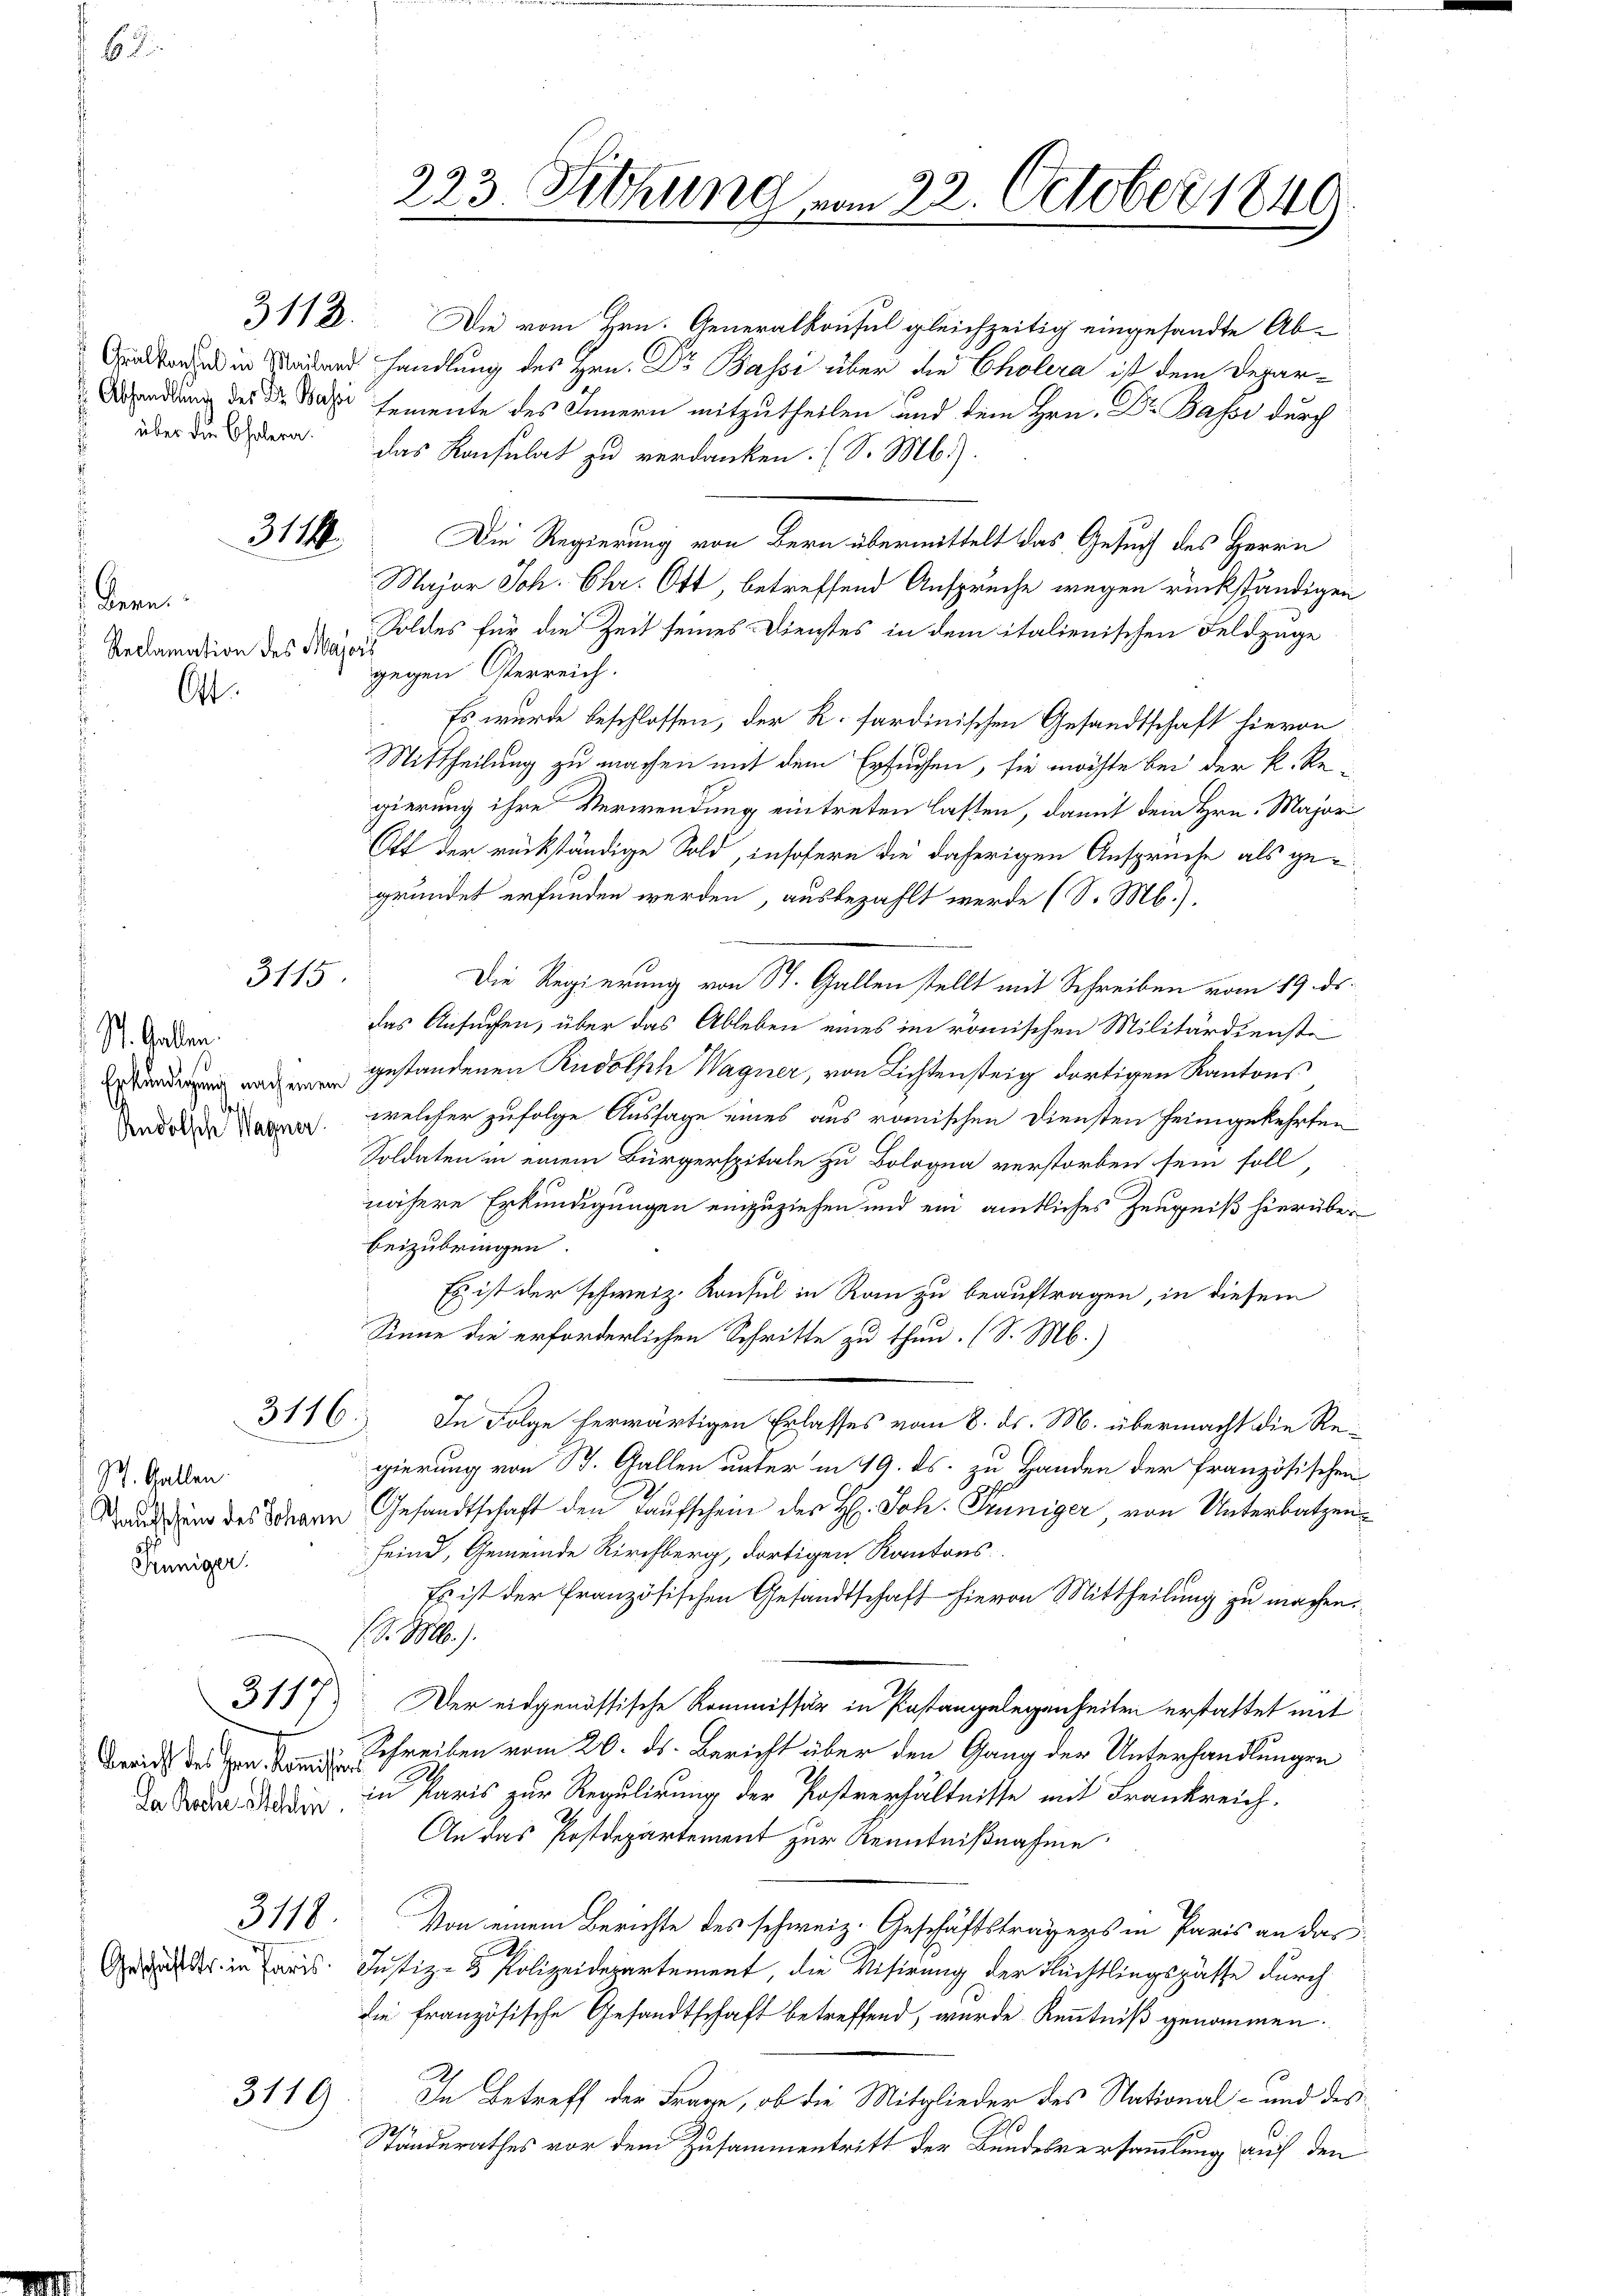
62.

i

Seren.
" Reclamation des Major
Ot.

3112.

311.

3115.

St. Gaben.
s
Andolf Wagner.

St. Gallen.
Penniger

3117

Bericht des Hrn. Komisir 18

Geschäftstr. in Paris

3118

3119

223. Sitzung vom 22. October 1849

Die vom Hrn. Generalkonsul gleichzeitig eingesandte Abratore in Baden handlung des Hrn. Dr Bassi über die Cholera ist dem Depar¬
Absendung des Dr. Wasse semente des Innern mitzutheilen und dem Hrn. Dr. Basse durch
über die Bern. Das Konsulat zu verdanken. (S. M.).
Die Regierung von Bern übermittelt das Gesuch des Herrn
Major Joh. Chr. Ott, betreffend Ansprüche wegen rückständigen
Soldes für die Zeit seines Dienstes in dem italienischen Feldzage
gegen Osterreich.
Es wurde beschlossen, der K. sardinischen Gesandtschaft hievon
Mittheilung zu machen mit dem Ersuchen, sie möchte bei der k. Re-
gierung ihre Verwendung eintreten lasten, damit dem Hrn. Majori
Ott der rückständige Sold, insofern die daherigen Ansprüche als gegründet erfunden werden, ausbezahlt werde (S. Mb.).
Die Regierung von St. Gallen stellt mit Schreiben vom 19. ds.
das Ansuchen, über das Ableben eines im römischen Militärdienste
 gestandenen Rudolsch Wagner, von Lichtensteig dortigen Kantons
welcher zufolge Aussage eines aus römischen Diensten heimgekehrten
Soldaten in einem Bürgerspitale zu Bologna verstorben sein soll
nähere Erkundigungen einzuziehen und ein amtliches Zeugniß hierüber
beizubringen.
Es ist der schweiz. Konsul in Rain zu beauftragen, in diesem
Sinne die erforderlichen Schritte zu thun. (S. M.)
3116. In Folge herwärtigen Erlasses vom 8. ds. M. übermacht die Regierung von B. Gallen unter in 19. ds. zu Handen der französischen
Bauung des Schann Gesandtschaft den Kaufschein der H. Joh. Prüniger, von Unterbatzen
seine, Gemeinde Kirchberg, dortigen Kantons
Es ist der französischen Gesandtschaft hievon Mittheilung zu machen.
S. M.).
Der eidgenössische Kommissär in Pastangelegenheiten erstattet mit
Schreiben vom 20. ds. Bericht über den Gang der Unterhandlungen
da oder den in Paris zur Regulirung der Postverhältnisse mit Frankreich¬
An das Postdepartement zur Kenntnißnahme
Von einem Berichte des schweiz. Geschäftstragens in Paris an dar
Justiz- & Polizeidepartement, die Visirung der Flüchtlingspasse durch
die französische Gesandtschaft betreffend, wurde Kenntniß genommen.
In Betreff der Frage, ob die Mitglieder des National- und des
Ständerathes vor dem Zusammentritt der Bundesversammlung auf den